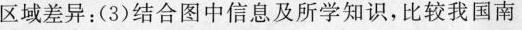
区域差异：(3)结合图中信息及所学知识，比较我国南